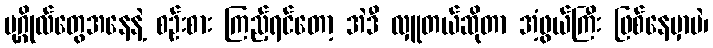
ပုဂ္ဂိုလ်တွေအနေနဲ့ စဉ်းစား ကြည့်ရင်တော့ အဲဒီ လှူတယ်ဆိုတာ အံ့ဖွယ်ကြီး ဖြစ်နေမှာပဲ၊